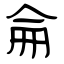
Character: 侖